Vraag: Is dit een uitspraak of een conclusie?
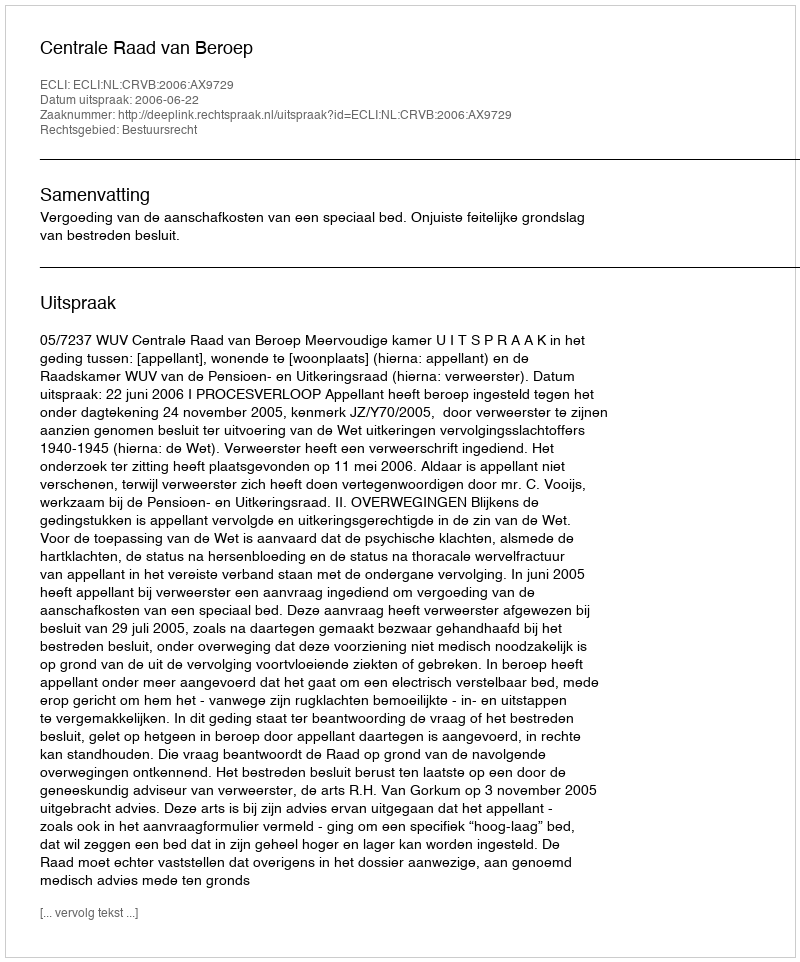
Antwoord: Uitspraak